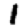
Digit: 1